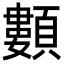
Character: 䫫